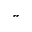
^ { * * }